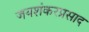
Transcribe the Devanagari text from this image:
जयशंकरप्रसाद